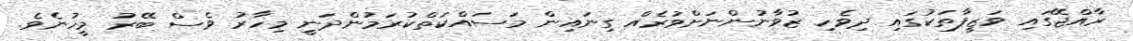
ރާއްޖޭގައި ވަޒީފާތަކުގައި ދިވެހި ޒުވާނުންނަށްވުރެއް ގިނައިން މަސައްކަތްކުރަމުންދަނީ މިހާރު ވެސް ބޭރު މީހުނެވެ.